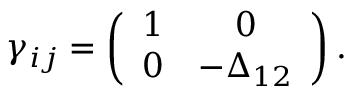
\gamma _ { i j } = \left( \begin{array} { c c } { { 1 } } & { { 0 } } \\ { { 0 } } & { { - \Delta _ { 1 2 } } } \end{array} \right) .